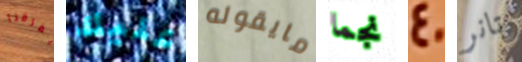
يفرقنا عليك مايقوله نجما 40 تانر